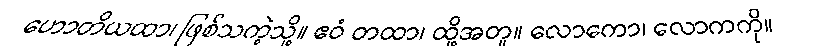
ဟောတိယထာ၊ ဖြစ်သကဲ့သို့။ ဧဝံ တထာ၊ ထို့အတူ။ လောကော၊ လောကကို။